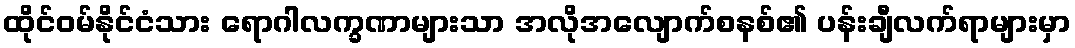
ထိုင်ဝမ်နိုင်ငံသား ရောဂါလက္ခဏာများသာ အလိုအလျောက်စနစ်၏ ပန်းချီလက်ရာများမှာ